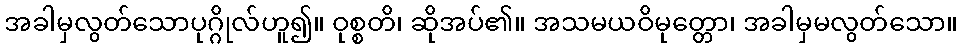
အခါမှလွတ်သောပုဂ္ဂိုလ်ဟူ၍။ ဝုစ္စတိ၊ ဆိုအပ်၏။ အသမယဝိမုတ္တော၊ အခါမှမလွတ်သော။